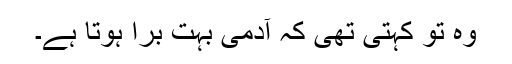
وہ تو کہتی تھی کہ آدمی بہت برا ہوتا ہے۔